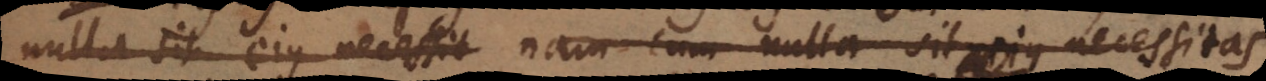
nulla sit ejus necessit nam cum nulla sit ejus necessitas